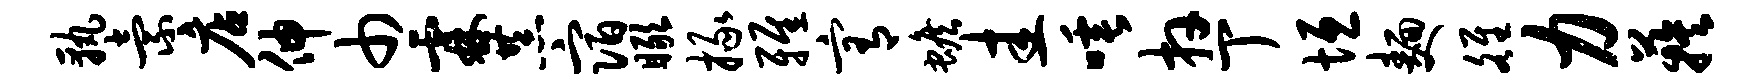
孰索店伸巾霖恭宿瞰掾雅宥蟾圭唾卉丁垣面雒力蔟